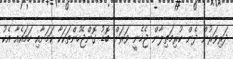
ދަރިވަރުން ދެން ކުރިމަތިލާން ޖެހެނީ ވަރަށް ބޮޑު ގޮންޖެހުންތަކަކާ ކަމަށާއި ހަމައެއާ އެކު